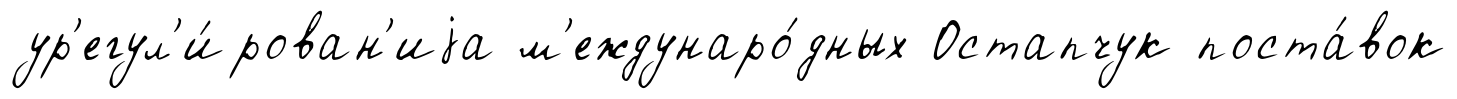
ур'егул'и́рован'иjа м'еждунаро́дных Остапчук поста́вок